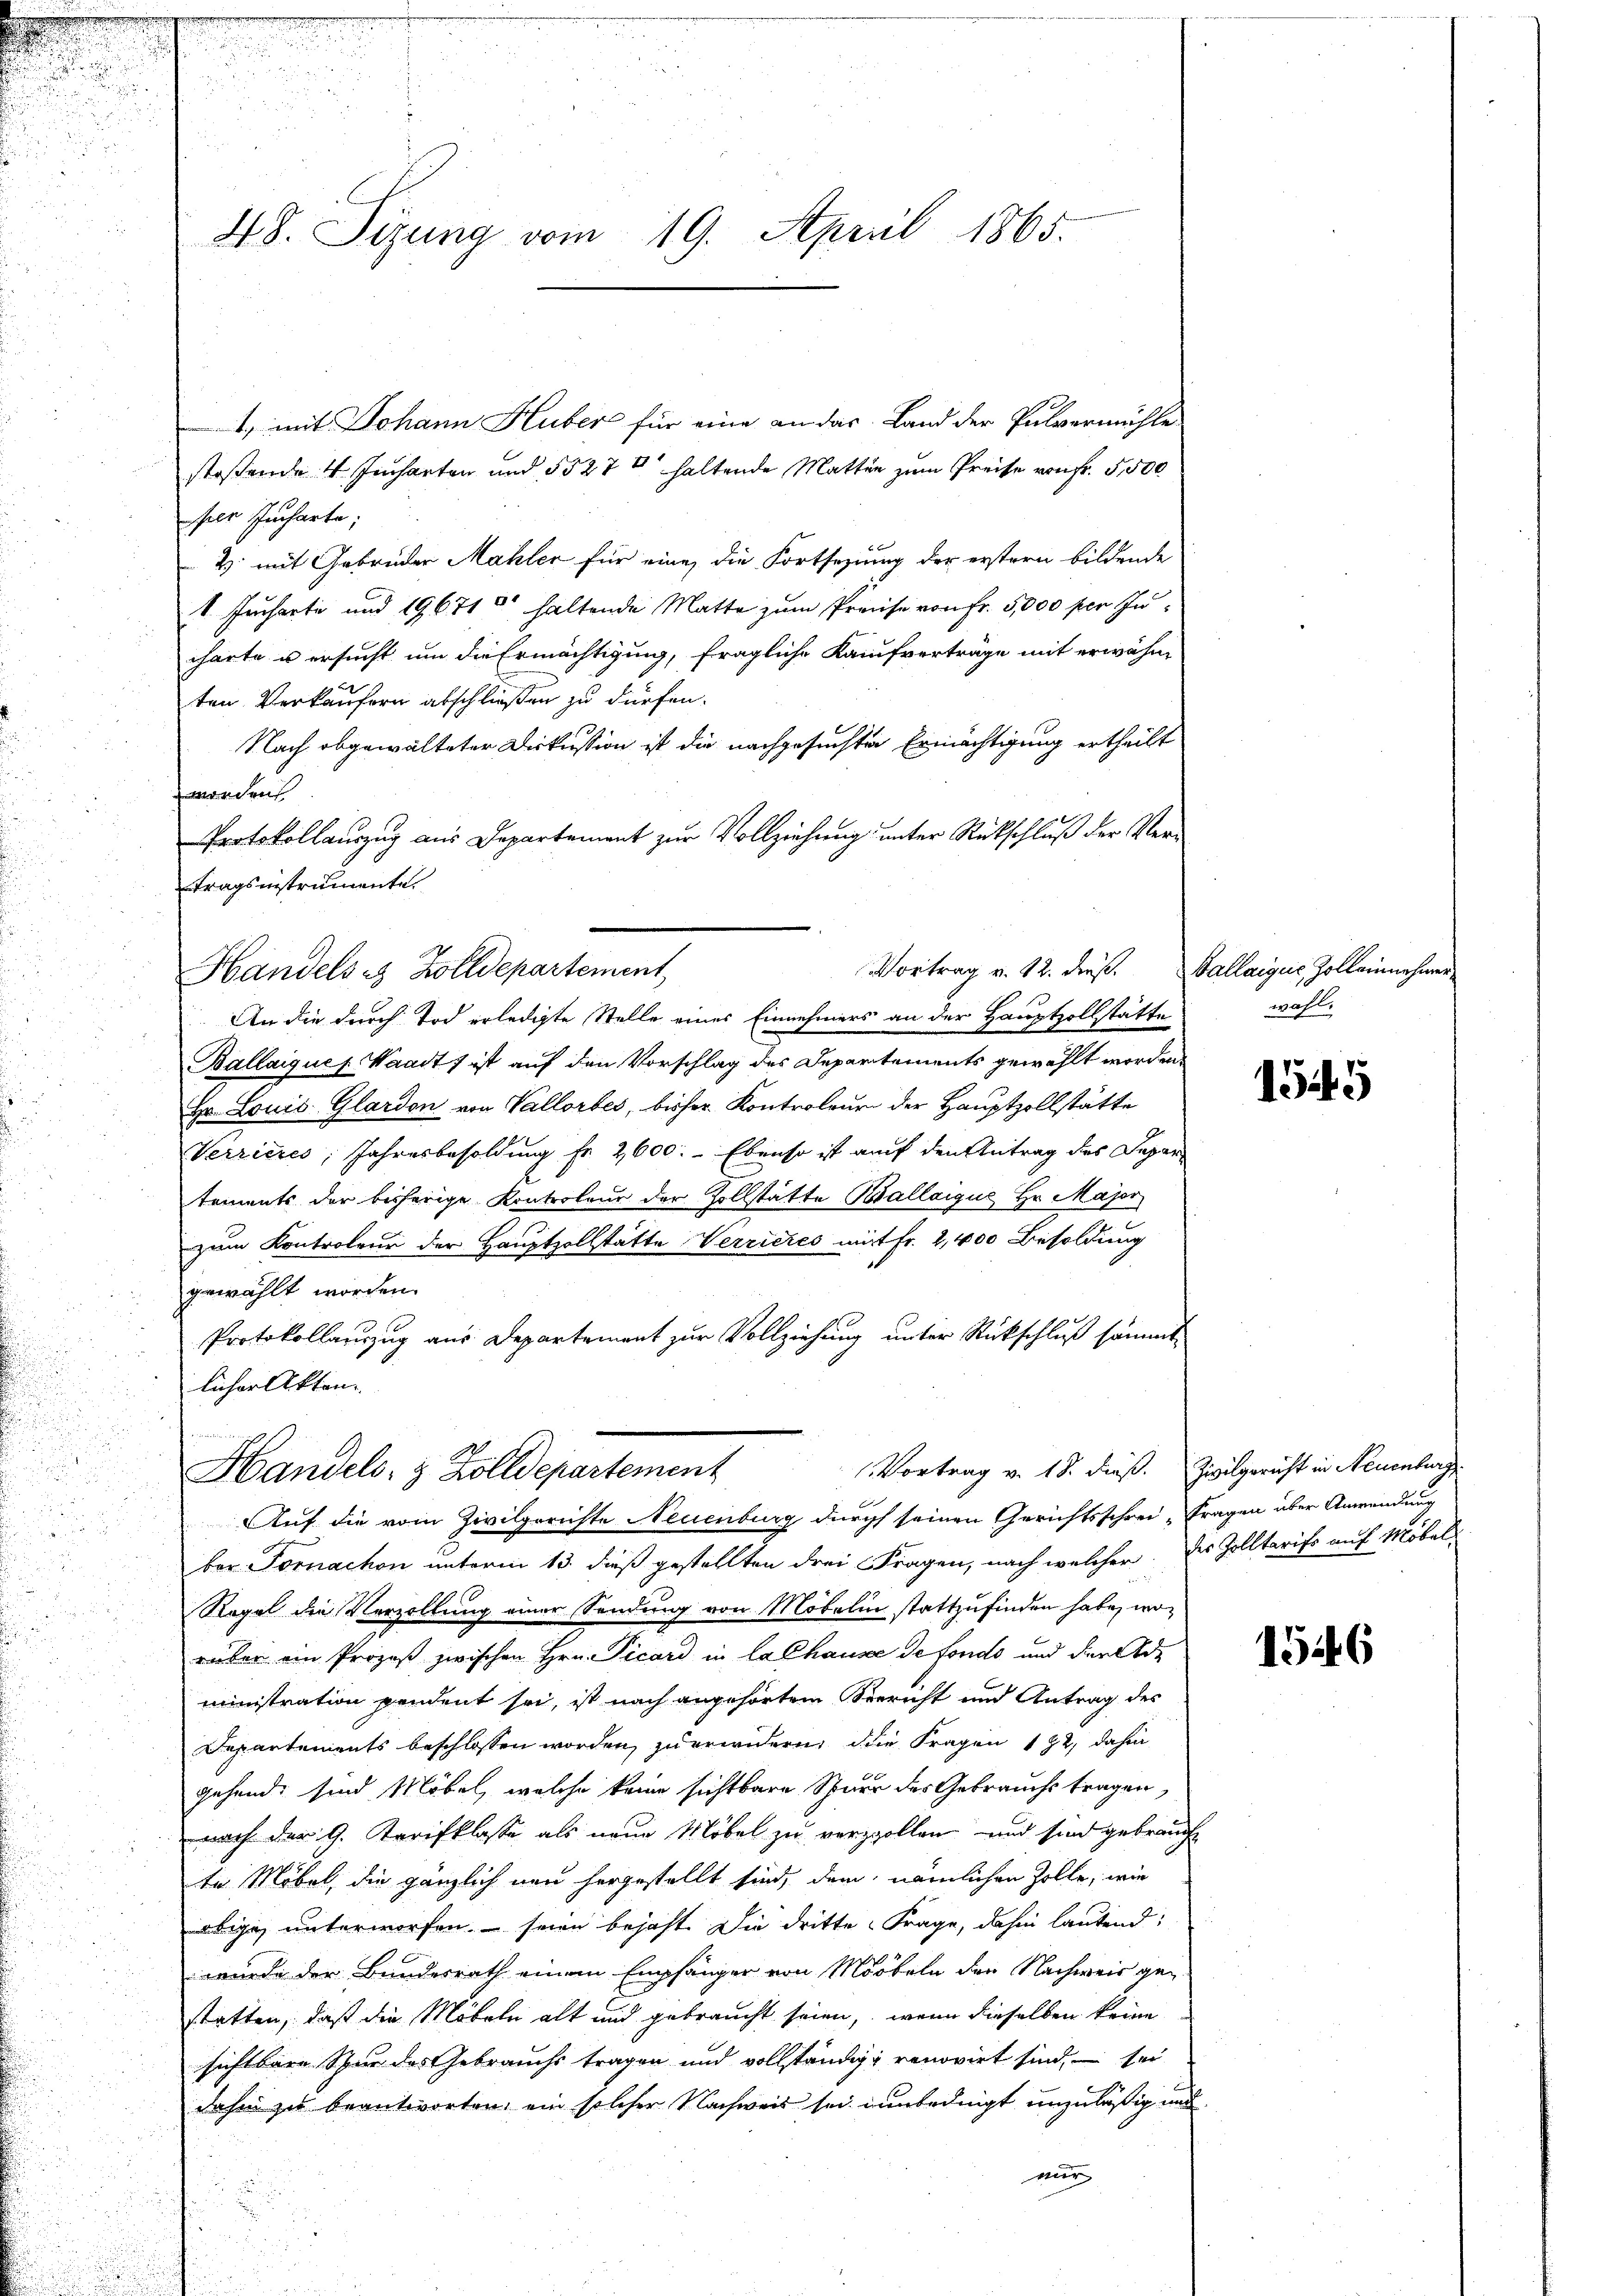
e

n
u
u

1., mit Johann Huber für eine an das Land der Pulvermühle
stoßende 4. Jucharten und 5527 haltende Matter zum Preise von fr. 5500
per Jucharte;
2. mit Gebrüder Mahler für eine die Fortsetzung der erstern bildende
1 Jucharte und 196710 haltende Matte zum Preise von Fr. 5,000 per Incharte u ersucht um die Ermächtigung, fragliche Kaufverträge mit erwähnten Verkäufern abschließen zu dürfen.
Nach abgewalteter Diskussion ist die nachgesuchten Ermächtigung ertheilt
worden
Protokollauszug aus Departement zur Vollziehung unter Rückschluß der Vertragsinstrumente.

d

48. Sizung vom 19. April 1865.

An die durch Tod erledigte Stelle eines Einnehmers an der Hauptzollstätte
Ballaiques Waadt) ist auf den Vorschlag des Departements gewählt worden.
Hr. Louis Glardon von Vallorbes, bisher Kontroleur der Hauptzollstätte
Verrieres, Jahresbesoldung fr. 2600. Ebenso ist auf den Antrag des Depar
tements der bisherige Kontroleur der Zollstätte Ballaigue Hr. Major
zum Kontroleur der Hauptzollstatte Verrieres mit Fr. 2,400 Besoldung
gewählt worden.
Protokollauszug aus Departement zur Vollziehung unter Rückschluß sämmt-
licher Akten.

Vortrag v. 12. dieß. Ballaiguić, Zolleinnehmer
Handels es Zolldepartement,

Vortrag v. 18. dieß. Zivilgericht in Neuenburg
Handels- & Zolldepartement
Auf die vom Zivilgerichte Neuenburg durch seinen Gerichtsschrei Fragen über Anwendung

ber Fornachon unterm 13. daß gestellten drei Fragen, nach welcher. Des Zolltarifs auf Möbel-
Regel die Verzollung einer Sendung von Möbelin stattzufinden habe, wo
rüber ein Prozeß zwischen Hrn. Picard in lalhause de fondo und der Administration pendent sei, ist nach angehörtem Seericht und Antrag des
Departements beschlossen worden, zu erwidern, die Fragen 192, dahin
gehend, sind Möbel, welche keine sichtbare Spurr des Gebrauchs tragen
nach der G. Tarifklasse als neue Möbel zu verzvollen und sind gebrauche
te Möbel, die gänzlich neu hergestellt sind, dem nämlichen Zolle, wie
obige unterworfen, seien bejaht. Die dritte Frage, dahin lautend:
wurde der Bundesrath einem Empfänger von Mööbeln den Nachweis gestatten, daß die Möbeln alt und gebraucht seien, wenn dieselben keine
sichtbare Spur das Gebrauchs tragen und vollständige renovirt sind, – sei
daher zu beantworten, ein solcher Nachweis sei unbedingt unzuläßig und
wir

wahl.

1545

1546